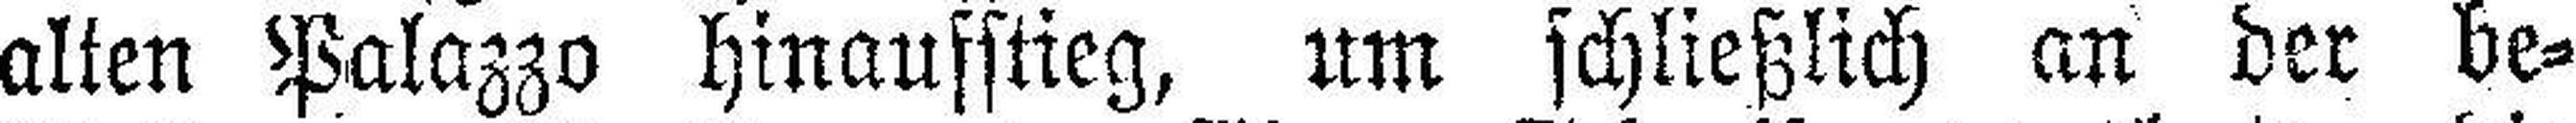
alten Palazzo hinausstieg, um schließlich an der be¬